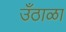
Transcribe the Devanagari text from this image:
उँठाळा